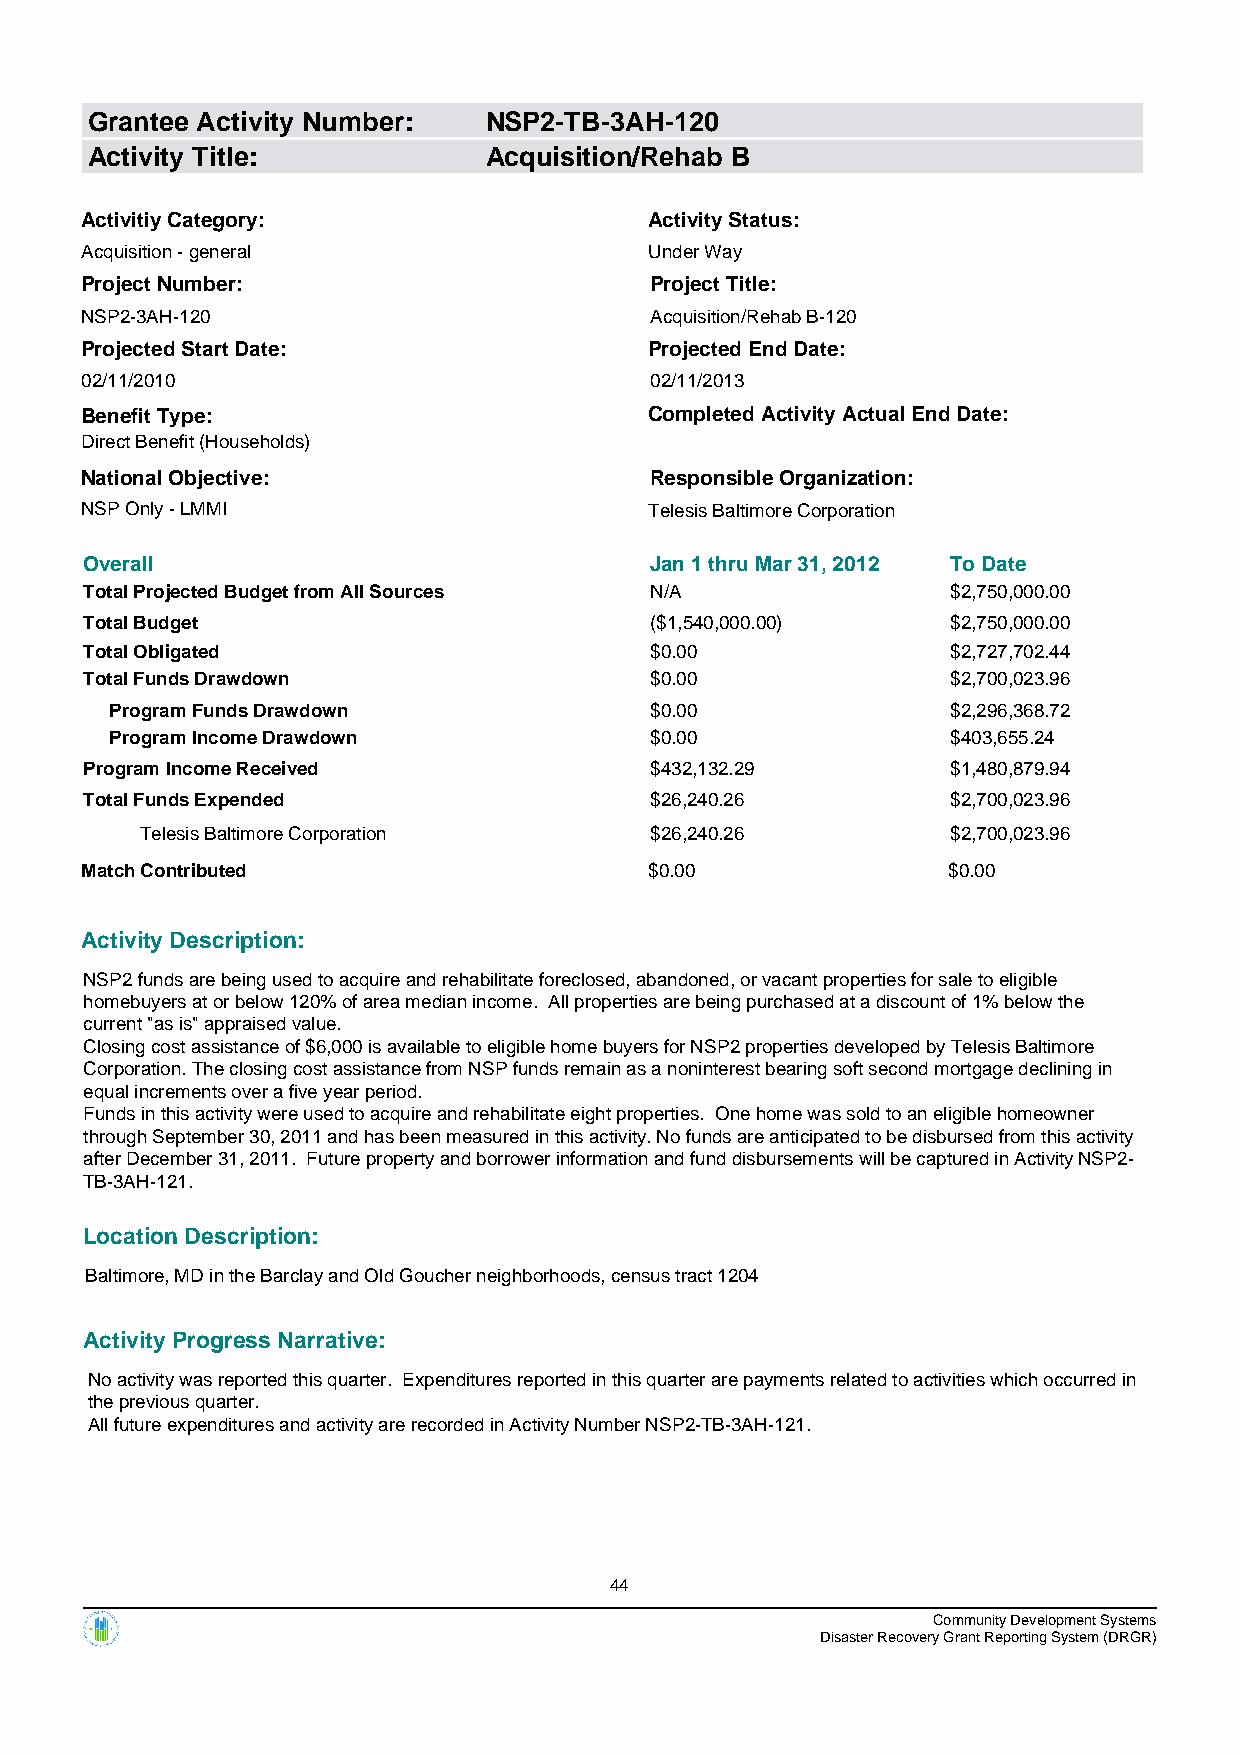
Grantee Activity Number:  NSP2-TB-3AH-120
 Activity Title:           Acquisition/Rehab B
 Activitiy Category:                   Activity Status:
 Acquisition - general                 Under Way
 Project Number:                       Project Title:
 NSP2-3AH-120                          Acquisition/Rehab B-120
 Projected Start Date:                 Projected End Date:
 02/11/2010                            02/11/2013
 Benefit Type:                         Completed Activity Actual End Date:
 Direct Benefit (Households)
 National Objective:                   Responsible Organization:
 NSP Only - LMMI                       Telesis Baltimore Corporation
 Overall                              Jan 1 thru Mar 31, 2012 To Date
 Total Projected Budget from All Sources N/A              $2,750,000.00
 Total Budget                         ($1,540,000.00)     $2,750,000.00
 Total Obligated                      $0.00               $2,727,702.44
 Total Funds Drawdown                 $0.00               $2,700,023.96
 Program Funds Drawdown              $0.00               $2,296,368.72
 Program Income Drawdown             $0.00               $403,655.24
 Program Income Received              $432,132.29         $1,480,879.94
 Total Funds Expended                 $26,240.26          $2,700,023.96
 Telesis Baltimore Corporation     $26,240.26          $2,700,023.96
 Match Contributed                     $0.00               $0.00
 Activity Description:
 NSP2 funds are being used to acquire and rehabilitate foreclosed, abandoned, or vacant properties for sale to eligible
 homebuyers at or below 120% of area median income. All properties are being purchased at a discount of 1% below the
 current "as is" appraised value.
 Closing cost assistance of $6,000 is available to eligible home buyers for NSP2 properties developed by Telesis Baltimore
 Corporation. The closing cost assistance from NSP funds remain as a noninterest bearing soft second mortgage declining in
 equal increments over a five year period.
 Funds in this activity were used to acquire and rehabilitate eight properties. One home was sold to an eligible homeowner
 through September 30, 2011 and has been measured in this activity. No funds are anticipated to be disbursed from this activity
 after December 31, 2011. Future property and borrower information and fund disbursements will be captured in Activity NSP2-
 TB-3AH-121.
 Location Description:
 Baltimore, MD in the Barclay and Old Goucher neighborhoods, census tract 1204
 Activity Progress Narrative:
 No activity was reported this quarter. Expenditures reported in this quarter are payments related to activities which occurred in
 the previous quarter.
 All future expenditures and activity are recorded in Activity Number NSP2-TB-3AH-121.
 44
 Community Development Systems
 Disaster Recovery Grant Reporting System (DRGR)